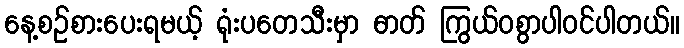
နေ့စဉ်စားပေးရမယ့် ရုံးပတေသီးမှာ ဓာတ် ကြွယ်ဝစွာပါဝင်ပါတယ်။